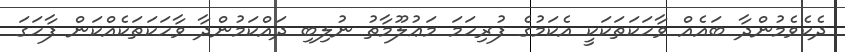
ދެކެވެމުންދާ ބައެއް ވާހަކަތަކަކީ އެކަމުގެ ފުރިހަމަ މަޢުލޫމާތު ނުލިބި ދައްކަމުންދާ ވާހަކަތަކެއްކަން ފާހަގަ